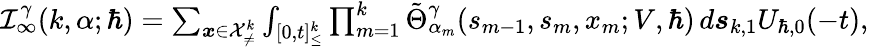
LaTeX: \begin{array}{r}{\mathcal{I}_{\infty}^{\gamma}(k,\alpha;\hbar)=\sum_{\boldsymbol{x}\in\mathcal{X}_{\neq}^{k}}\int_{[0,t]_{\leq}^{k}}\prod_{m=1}^{k}\tilde{\Theta}_{\alpha_{m}}^{\gamma}(s_{m-1},{s}_{m},x_{m};V,\hbar)\, d\boldsymbol{s}_{k,1}U_{\hbar,0}(-t),}\end{array}